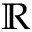
\mathbb { R }